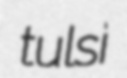
tulsi